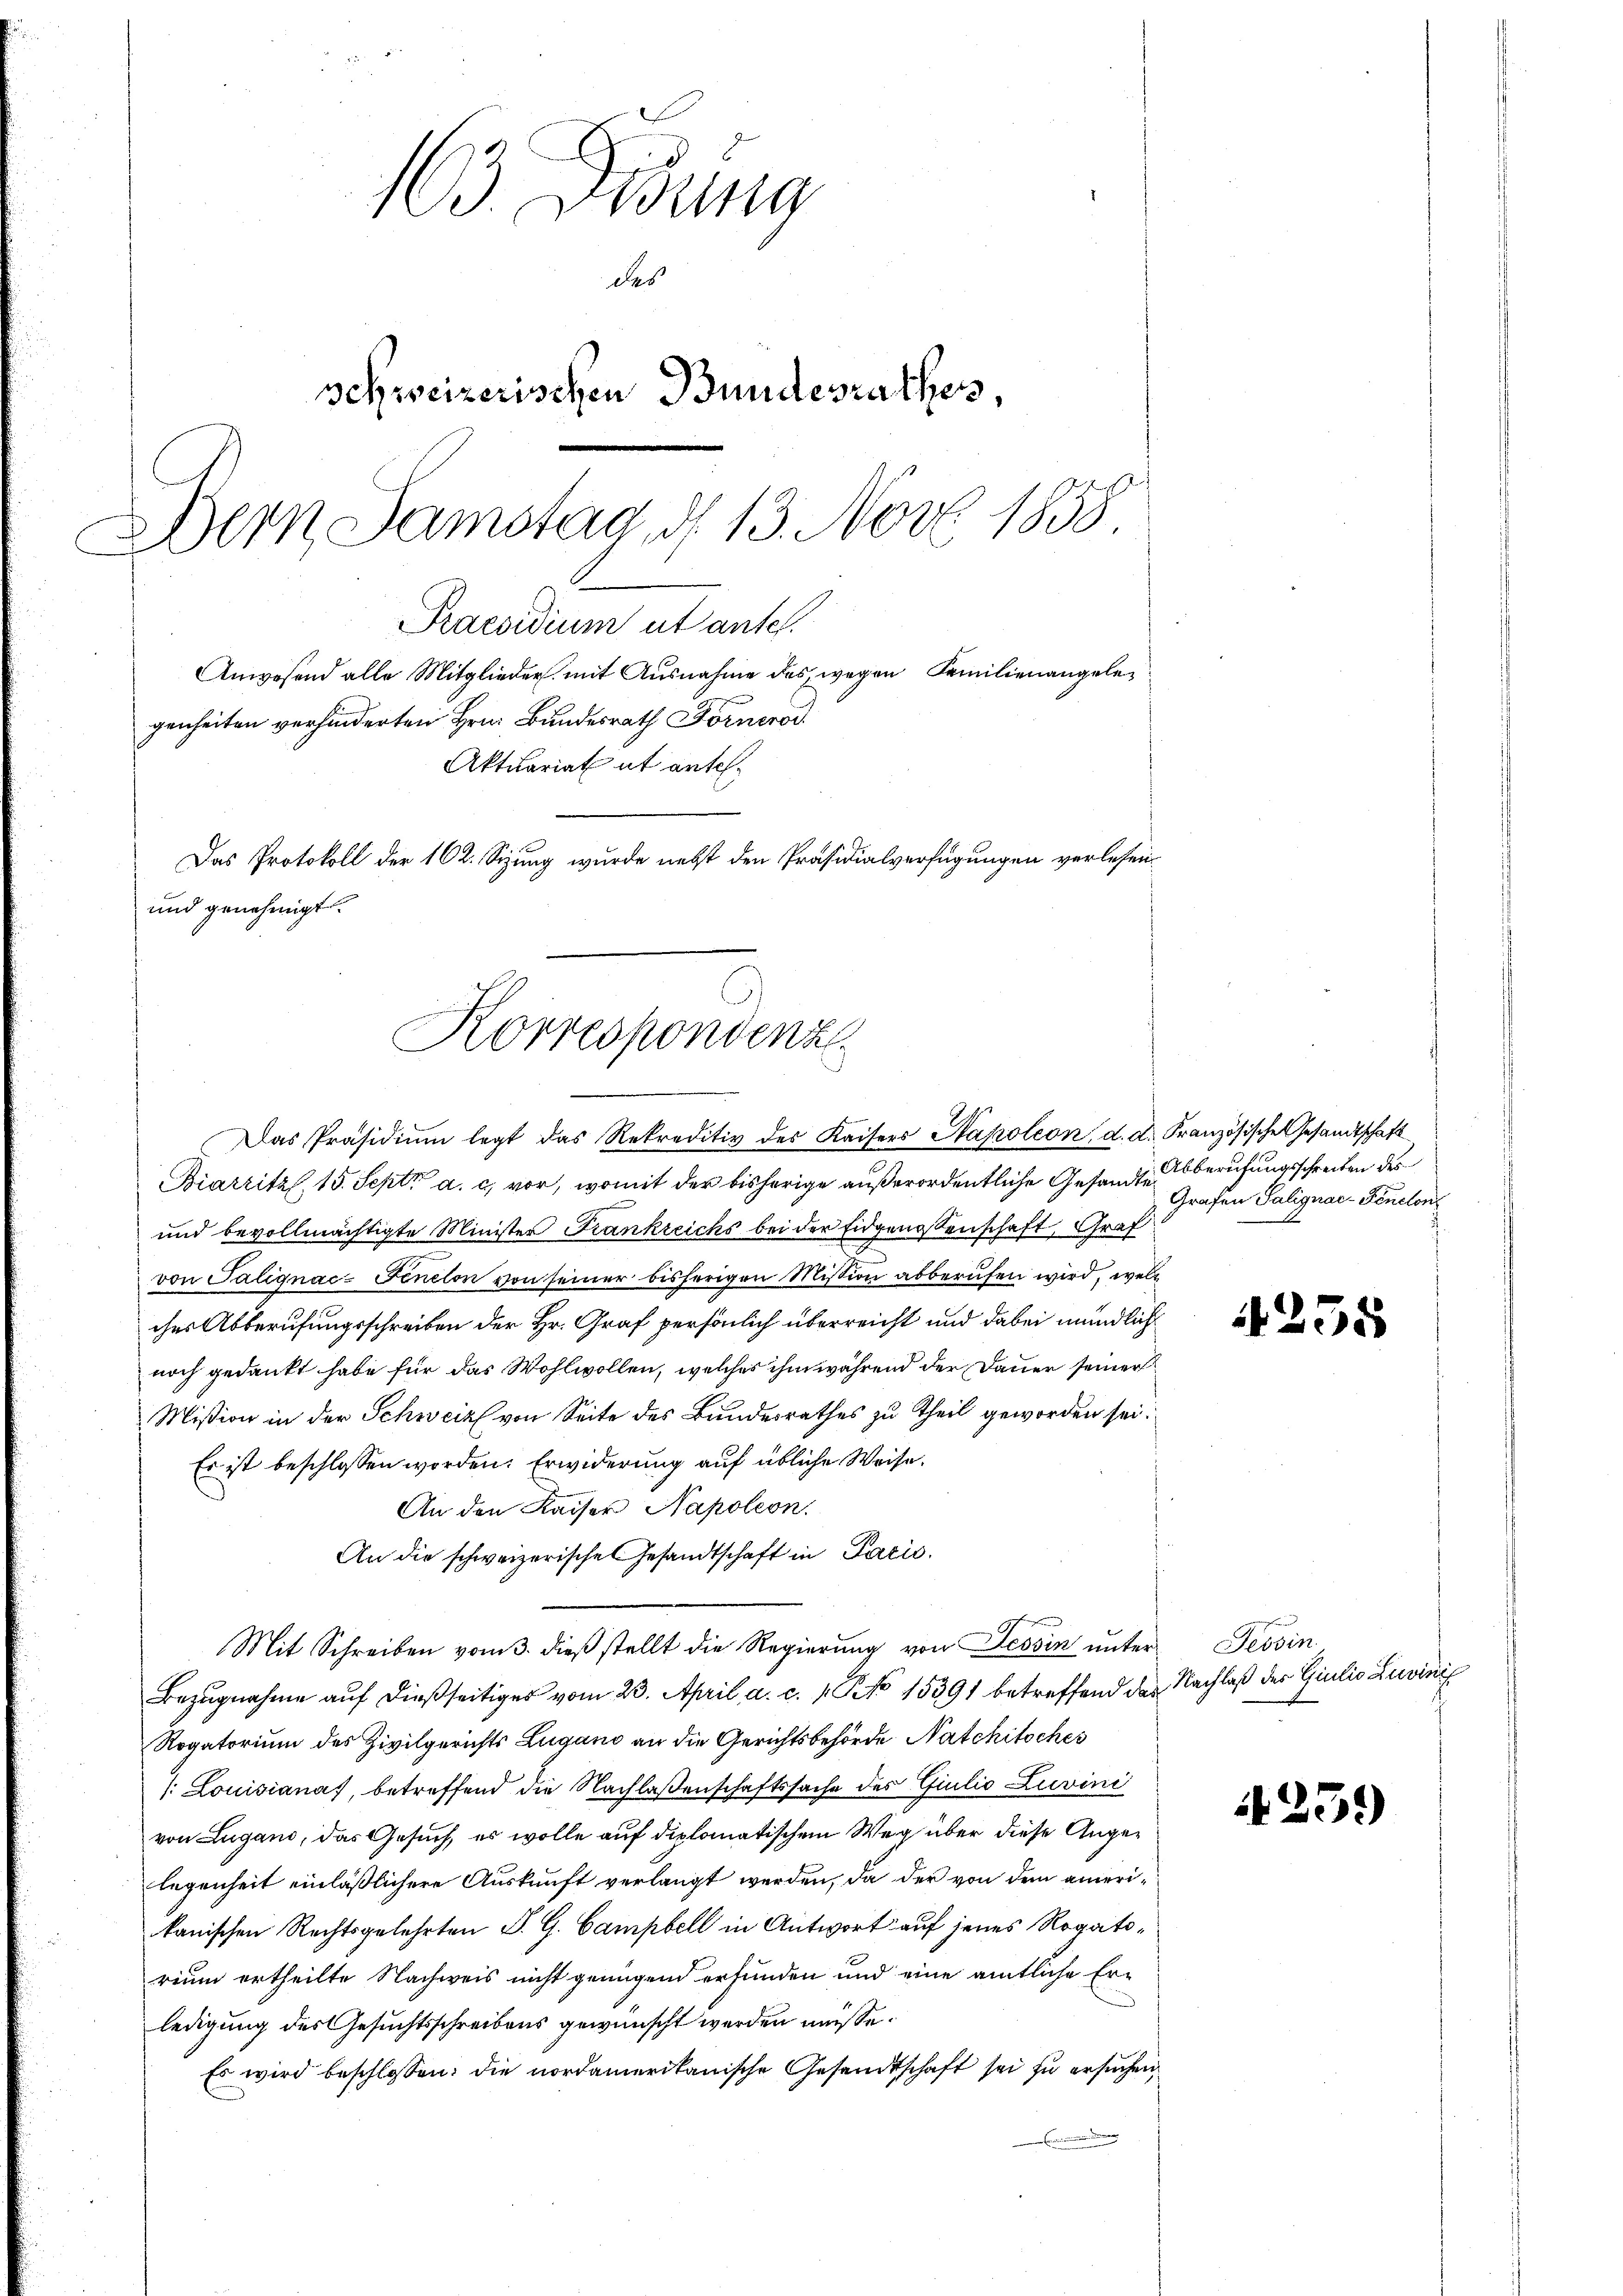
163. Debung
des
schweizerischen Bundesrathes
Dern Samstag, d. 13. Nov. 1858

Praesidium ut ante.
genheiten verhinderten Hrn. Bundesrath Fornerod
Das Protokoll der 162. Sizung wurde nebst den Präsidialverfügungen verlesen
und genehmigt.
Korrespondenz

Anwesend alle Mitglieder mit Ausnahme des wegen Familienangele¬
Aktuariat ut antel¬

Das Präsidiŭm legt das Rekreditiv des Kaisers Napoleon, d. d. Französische Gesandtschaft
Biarzitzl, 15. Sept. a. c. vor, womit der bisherige außerordentliche Gesandte berufungsschreiben des
und bevollmächtigte Minister Frankreichs bei der Eidgenossenschaft, Graf
von Talignac-Finelon von seiner bisherigen Mission abberufen wird, welc
ches Abberufungsschreiben der Hr. Graf persönlich überreicht und dabei mündlich
noch gedankt habe für das Wohlwollen, welches ihm während der Dauer seiner
Mißion in der Schweiz von Seite des Bundesrathes zu Theil geworden sei.
Es ist beschlossen worden. Erwiderung auf übliche Weise.
An den Kaiser Napoleon.
An die schweizerische Gesandtschaft in Pacis
nferen
Mit Schreiben vom 3. dieβ stellt die Regierung von Tessin unter
Bezugnahme auf dießseitiges vom 23. April a. c. 1. No 15391 betreffend des Nachlaß der Giulio Luvinis
Rogatorium des Zivilgerichts Lugano an die Gerichtsbehörde Natchitsches
/: Louisianas, betreffend die Nachlaßenschaftssache des Giulio Luvini
von Lugano, das Gesuch, es wolle auf diplomatischem Weg über diese Angelegenheit einläßlichere Auskunft verlangt werden, da der von dem amerikanischen Rechtsgelehrten P. G. Campbell in Antwort auf jenes Rogatorium ertheilte Nachweis nicht genügend erfunden und eine amtliche Er-
ledigung des Gesuchtsschreibens gewünscht werden müsse.
Es wird beschlossen: die nordamerikanische Gesandtschaft sei zu ersuchen

Grafen Salignac-Fenclonz

4255

Tessin

it259)